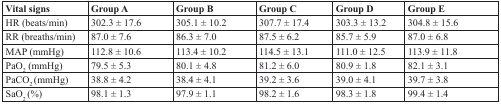
<table><thead><tr><td><b>Vital signs</b></td><td><b>Group A</b></td><td><b>Group B</b></td><td><b>Group C</b></td><td><b>Group D</b></td><td><b>Group E</b></td></tr></thead><tbody><tr><td>HR (beats/min)</td><td>302.3 ± 17.6</td><td>305.1 ± 10.2</td><td>307.7 ± 17.4</td><td>303.3 ± 13.2</td><td>304.8 ± 15.6</td></tr><tr><td>RR (breaths/min)</td><td>87.0 ± 7.6</td><td>86.3 ± 7.0</td><td>87.5 ± 6.2</td><td>85.7 ± 5.9</td><td>87.0 ± 6.8</td></tr><tr><td>MAP (mmHg)</td><td>112.8 ± 10.6</td><td>113.4 ± 10.2</td><td>114.5 ± 13.1</td><td>111.0 ± 12.5</td><td>113.9 ± 11.8</td></tr><tr><td>PaO<sub>2</sub> (mmHg)</td><td>79.5 ± 5.3</td><td>80.1 ± 4.8</td><td>81.2 ± 6.0</td><td>80.9 ± 1.8</td><td>82.1 ± 3.1</td></tr><tr><td>PaCO<sub>2</sub> (mmHg)</td><td>38.8 ± 4.2</td><td>38.4 ± 4.1</td><td>39.2 ± 3.6</td><td>39.0 ± 4.1</td><td>39.7 ± 3.8</td></tr><tr><td>SaO<sub>2</sub> (%)</td><td>98.1 ± 1.3</td><td>97.9 ± 1.1</td><td>98.2 ± 1.6</td><td>98.3 ± 1.8</td><td>99.4 ± 1.4</td></tr></tbody></table>